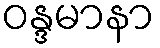
ဝန္ဒမာနာ